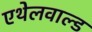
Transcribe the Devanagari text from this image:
एथेलवाल्ड